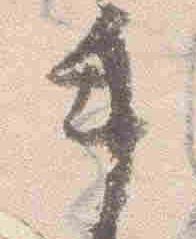
手